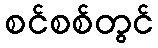
စင်စစ်တွင်